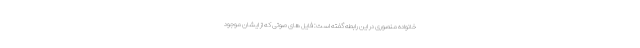
خانواده منصوری در این رابطه گفته است: فایل های صوتی که از ایشان موجود